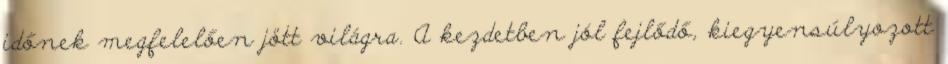
időnek megfelelően jött világra. A kezdetben jól fejlődő, kiegyensúlyozott